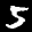
Label: 5